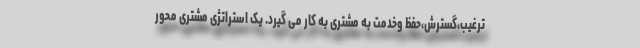
ترغیب،گسترش،حفظ وخدمت به مشتری به کار می گیرد. یک استراتژی مشتری محور